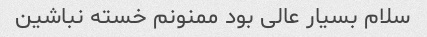
سلام بسیار عالی بود ممنونم خسته نباشین